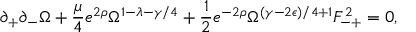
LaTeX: \partial _ { + } \partial _ { - } \Omega + \frac { \mu } { 4 } e ^ { 2 \rho } \Omega ^ { 1 - \lambda - \gamma / 4 } + \frac { 1 } { 2 } e ^ { - 2 \rho } \Omega ^ { ( \gamma - 2 \epsilon ) / 4 + 1 } F _ { - + } ^ { 2 } = 0 ,